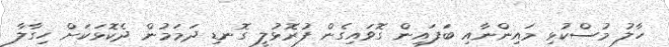
ހާލު މުސްކުޅި މައިންނާއި ބަފައިން ގޮވައިގެން ފުރޮޅުލީ ގޮނޑި ދަމަމުން ދެކޮޅަކަށް ހިގާލާ